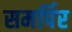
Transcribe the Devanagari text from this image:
समर्पिर